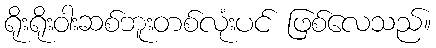
ရိုးရိုးဝါးဆစ်ဘူးတစ်လုံးပင် ဖြစ်လေသည်။